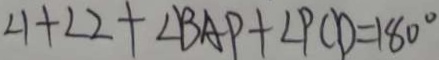
\angle 1 + \angle 2 + \angle B A P + \angle P C D = 1 8 0 ^ { \circ }